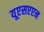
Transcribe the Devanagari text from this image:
यूएसएएन